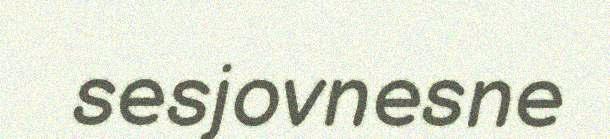
sesjovnesne